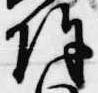
除